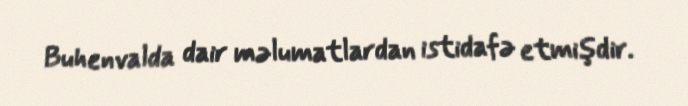
Buhenvalda dair məlumatlardan istidafə etmişdir.